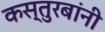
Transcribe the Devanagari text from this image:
कस्तुरबांनी